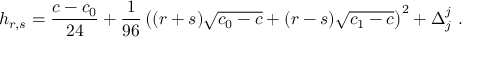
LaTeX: h _ { r , s } = { \frac { c - c _ { 0 } } { 2 4 } } + { \frac { 1 } { 9 6 } } \left( ( r + s ) \sqrt { c _ { 0 } - c } + ( r - s ) \sqrt { c _ { 1 } - c } \right) ^ { 2 } + \Delta _ { j } ^ { j } { } ~ .